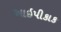
આઇપીકાક